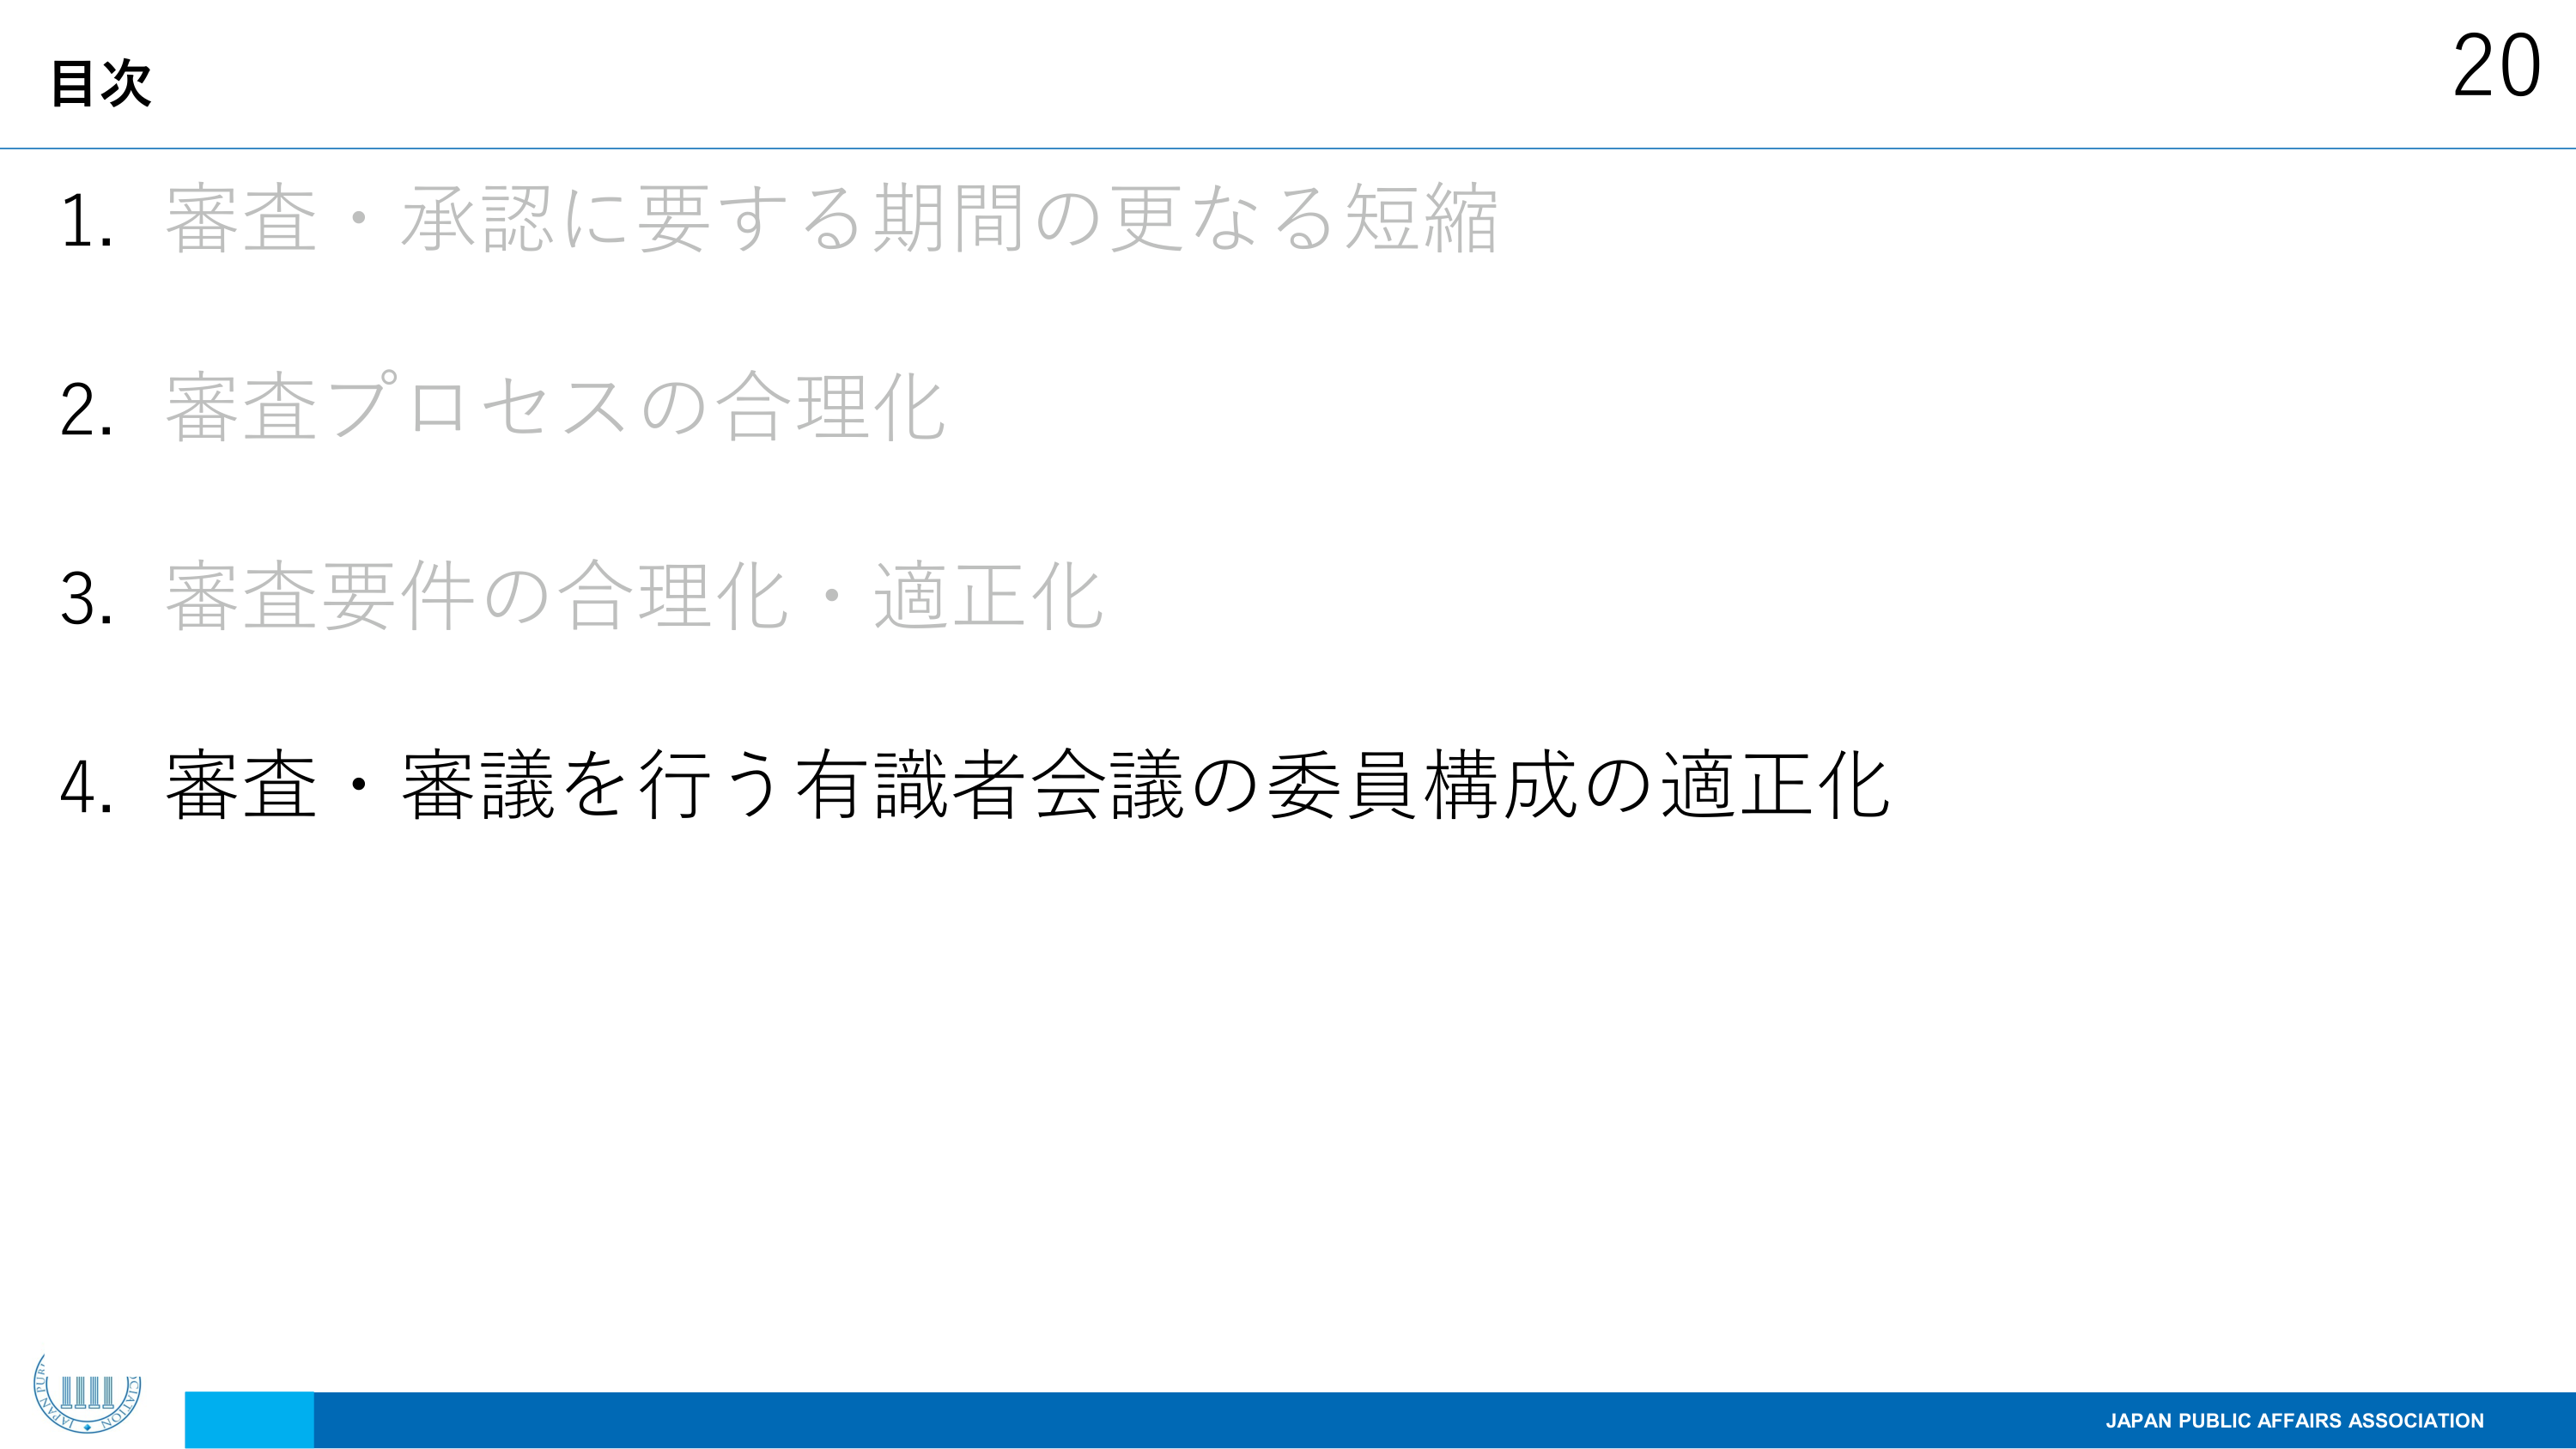
目次
20
1. 審査・承認に要する期間の更なる短縮
2. 審査プロセスの合理化
3. 審査要件の合理化・適正化
4. 審査・審議を行う有識者会議の委員構成の適正化
JAPAN PUBLIC AFFAIRS ASSOCIATION